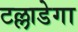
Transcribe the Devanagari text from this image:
टल्लाडेगा